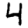
Digit: 4